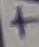
Text: +